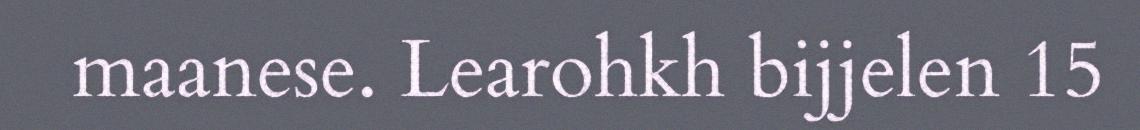
maanese. Learohkh bijjelen 15